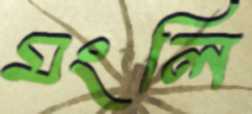
মংলি